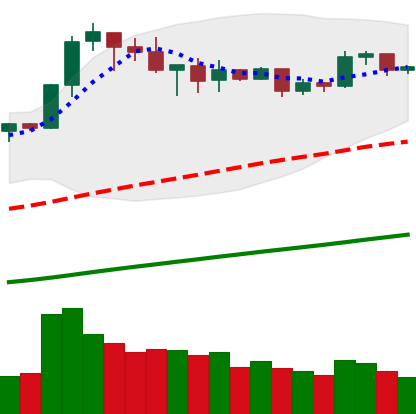
Ticker: BNB-USD
Chart end date: 2019-05-05
Forward return: -14.865%
Label: down_7plus